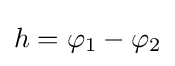
h=\varphi _{1}-\varphi _{2}